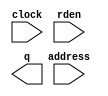
// megafunction wizard: %ROM: 1-PORT%VBB%
// GENERATION: STANDARD
// VERSION: WM1.0
// MODULE: altsyncram 

// ============================================================
// Megafunction Name(s):
// 			altsyncram
//
// Simulation Library Files(s):
// 			altera_mf
// ============================================================
// ************************************************************
// THIS IS A WIZARD-GENERATED FILE. DO NOT EDIT THIS FILE!
//
// 9.1 Build 222 10/21/2009 SP 0.08 SJ Full Version
// ************************************************************

//Copyright (C) 1991-2009 Altera Corporation
//Your use of Altera Corporation's design tools, logic functions 
//and other software and tools, and its AMPP partner logic 
//functions, and any output files from any of the foregoing 
//(including device programming or simulation files), and any 
//associated documentation or information are expressly subject 
//to the terms and conditions of the Altera Program License 
//Subscription Agreement, Altera MegaCore Function License 
//Agreement, or other applicable license agreement, including, 
//without limitation, that your use is for the sole purpose of 
//programming logic devices manufactured by Altera and sold by 
//Altera or its authorized distributors.  Please refer to the 
//applicable agreement for further details.

module rom_3 (
	address,
	clock,
	rden,
	q);

	input	[7:0]  address;
	input	  clock;
	input	  rden;
	output	[0:0]  q;

endmodule

// ============================================================
// CNX file retrieval info
// ============================================================
// Retrieval info: PRIVATE: ADDRESSSTALL_A NUMERIC "0"
// Retrieval info: PRIVATE: AclrAddr NUMERIC "0"
// Retrieval info: PRIVATE: AclrByte NUMERIC "0"
// Retrieval info: PRIVATE: AclrOutput NUMERIC "0"
// Retrieval info: PRIVATE: BYTE_ENABLE NUMERIC "0"
// Retrieval info: PRIVATE: BYTE_SIZE NUMERIC "8"
// Retrieval info: PRIVATE: BlankMemory NUMERIC "0"
// Retrieval info: PRIVATE: CLOCK_ENABLE_INPUT_A NUMERIC "0"
// Retrieval info: PRIVATE: CLOCK_ENABLE_OUTPUT_A NUMERIC "0"
// Retrieval info: PRIVATE: Clken NUMERIC "0"
// Retrieval info: PRIVATE: IMPLEMENT_IN_LES NUMERIC "0"
// Retrieval info: PRIVATE: INIT_FILE_LAYOUT STRING "PORT_A"
// Retrieval info: PRIVATE: INIT_TO_SIM_X NUMERIC "0"
// Retrieval info: PRIVATE: INTENDED_DEVICE_FAMILY STRING "Cyclone III"
// Retrieval info: PRIVATE: JTAG_ENABLED NUMERIC "0"
// Retrieval info: PRIVATE: JTAG_ID STRING "NONE"
// Retrieval info: PRIVATE: MAXIMUM_DEPTH NUMERIC "0"
// Retrieval info: PRIVATE: MIFfilename STRING "./altpll_reconfig_TOP/MainPLL_50MBPS.mif"
// Retrieval info: PRIVATE: NUMWORDS_A NUMERIC "256"
// Retrieval info: PRIVATE: RAM_BLOCK_TYPE NUMERIC "0"
// Retrieval info: PRIVATE: RegAddr NUMERIC "1"
// Retrieval info: PRIVATE: RegOutput NUMERIC "1"
// Retrieval info: PRIVATE: SYNTH_WRAPPER_GEN_POSTFIX STRING "0"
// Retrieval info: PRIVATE: SingleClock NUMERIC "1"
// Retrieval info: PRIVATE: UseDQRAM NUMERIC "0"
// Retrieval info: PRIVATE: WidthAddr NUMERIC "8"
// Retrieval info: PRIVATE: WidthData NUMERIC "1"
// Retrieval info: PRIVATE: rden NUMERIC "1"
// Retrieval info: CONSTANT: ADDRESS_ACLR_A STRING "NONE"
// Retrieval info: CONSTANT: CLOCK_ENABLE_INPUT_A STRING "BYPASS"
// Retrieval info: CONSTANT: CLOCK_ENABLE_OUTPUT_A STRING "BYPASS"
// Retrieval info: CONSTANT: INIT_FILE STRING "./altpll_reconfig_TOP/MainPLL_50MBPS.mif"
// Retrieval info: CONSTANT: INTENDED_DEVICE_FAMILY STRING "Cyclone III"
// Retrieval info: CONSTANT: LPM_HINT STRING "ENABLE_RUNTIME_MOD=NO"
// Retrieval info: CONSTANT: LPM_TYPE STRING "altsyncram"
// Retrieval info: CONSTANT: NUMWORDS_A NUMERIC "256"
// Retrieval info: CONSTANT: OPERATION_MODE STRING "ROM"
// Retrieval info: CONSTANT: OUTDATA_ACLR_A STRING "NONE"
// Retrieval info: CONSTANT: OUTDATA_REG_A STRING "CLOCK0"
// Retrieval info: CONSTANT: WIDTHAD_A NUMERIC "8"
// Retrieval info: CONSTANT: WIDTH_A NUMERIC "1"
// Retrieval info: CONSTANT: WIDTH_BYTEENA_A NUMERIC "1"
// Retrieval info: USED_PORT: address 0 0 8 0 INPUT NODEFVAL address[7..0]
// Retrieval info: USED_PORT: clock 0 0 0 0 INPUT NODEFVAL clock
// Retrieval info: USED_PORT: q 0 0 1 0 OUTPUT NODEFVAL q[0..0]
// Retrieval info: USED_PORT: rden 0 0 0 0 INPUT NODEFVAL rden
// Retrieval info: CONNECT: @address_a 0 0 8 0 address 0 0 8 0
// Retrieval info: CONNECT: q 0 0 1 0 @q_a 0 0 1 0
// Retrieval info: CONNECT: @clock0 0 0 0 0 clock 0 0 0 0
// Retrieval info: CONNECT: @rden_a 0 0 0 0 rden 0 0 0 0
// Retrieval info: LIBRARY: altera_mf altera_mf.altera_mf_components.all
// Retrieval info: GEN_FILE: TYPE_NORMAL rom_3.v TRUE
// Retrieval info: GEN_FILE: TYPE_NORMAL rom_3.inc TRUE
// Retrieval info: GEN_FILE: TYPE_NORMAL rom_3.cmp TRUE
// Retrieval info: GEN_FILE: TYPE_NORMAL rom_3.bsf TRUE
// Retrieval info: GEN_FILE: TYPE_NORMAL rom_3_inst.v TRUE
// Retrieval info: GEN_FILE: TYPE_NORMAL rom_3_bb.v TRUE
// Retrieval info: GEN_FILE: TYPE_NORMAL rom_3_waveforms.html TRUE
// Retrieval info: GEN_FILE: TYPE_NORMAL rom_3_wave*.jpg FALSE
// Retrieval info: LIB_FILE: altera_mf